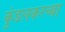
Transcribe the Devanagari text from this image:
कुंडलकरच्या